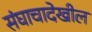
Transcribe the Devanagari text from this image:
संघाचादेखील